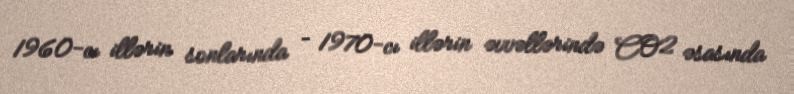
1960‐cı illərin sonlarında – 1970‐cı illərin əvvəllərində CO2 əsasında